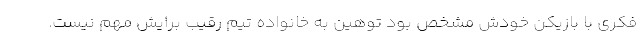
فکری با بازیکن خودش مشخص بود توهین به خانواده تیم رقیب برایش مهم نیست.